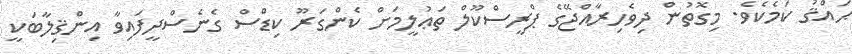
ޙައްޤު ކަމެކެވެ. މިގޮތުން ދިވެހިރާއްޖޭގެ ޕްރީސްކޫލް ތަޢުލީމަށް ކެންގަރޫ ކިޑްސް ގެނެސްދީފައިވާ އިންޤިލާބަކީ